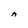
Character: A